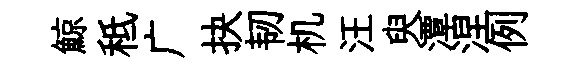
鯨秪广抉韧机汪臾潭涅例